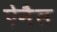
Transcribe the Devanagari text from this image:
ऐनैल